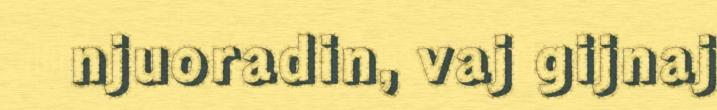
njuoradin, vaj gijnaj